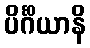
ပိင်္ဂိယာနိ